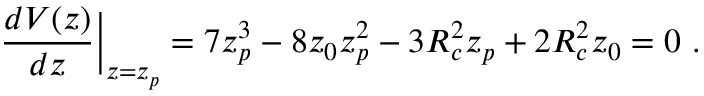
\frac { d V ( z ) } { d z } \bigg \rvert _ { z = z _ { p } } = 7 z _ { p } ^ { 3 } - 8 z _ { 0 } z _ { p } ^ { 2 } - 3 R _ { c } ^ { 2 } z _ { p } + 2 R _ { c } ^ { 2 } z _ { 0 } = 0 \, \, .